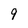
Character: 9